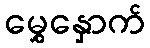
မွှေနှောက်